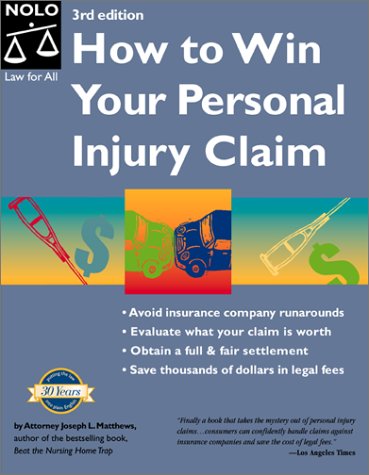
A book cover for How to Win Your Personal Injury Claim, 3rd Ed; Joseph L. Matthews; Law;